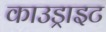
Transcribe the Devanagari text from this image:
काउड्राइट